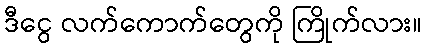
ဒီငွေ လက်ကောက်တွေကို ကြိုက်လား။